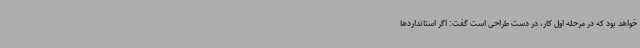
خواهد بود که در مرحله اول کار، در دست طراحی است گفت: اگر استانداردها